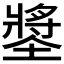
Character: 𡑶